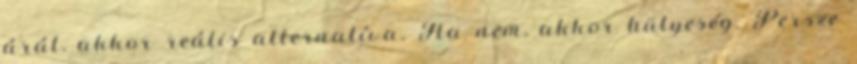
árát, akkor reális alternatíva. Ha nem, akkor hülyeség. Persze